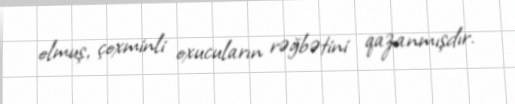
olmuş, çoxminli oxucuların rəğbətini qazanmışdır.